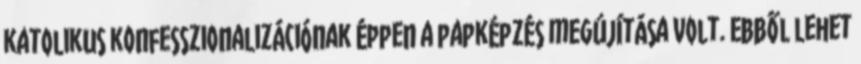
katolikus konfesszionalizációnak éppen a papképzés megújítása volt. Ebből lehet